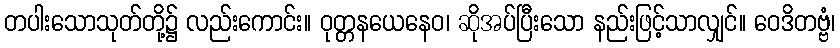
တပါးသောသုတ်တို့၌ လည်းကောင်း။ ဝုတ္တနယေနေဝ၊ ဆိုအပ်ပြီးသော နည်းဖြင့်သာလျှင်။ ဝေဒိတဗ္ဗံ၊